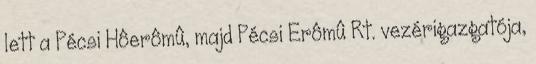
lett a Pécsi Hôerômû, majd Pécsi Erômû Rt. vezérigazgatója,